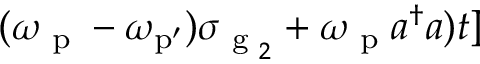
( \omega _ { \textrm { p } } - \omega _ { \mathrm { { p ^ { \prime } } } } ) \sigma _ { \textrm { g } _ { 2 } } + \omega _ { \textrm { p } } a ^ { \dagger } a ) t ]